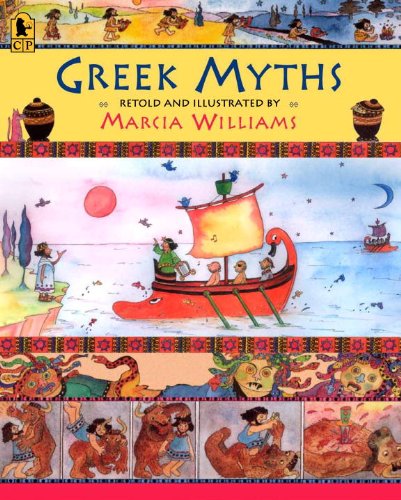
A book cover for Greek Myths; Marcia Williams; Children's Books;